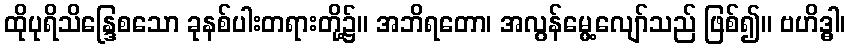
ထိုပုရိသိန္ဒြေစသော ခုနစ်ပါးတရားတို့၌။ အဘိရတော၊ အလွန်မွေ့လျော်သည် ဖြစ်၍။ ဗဟိဒ္ဓါ၊